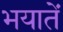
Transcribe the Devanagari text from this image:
भयातें